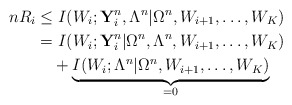
\begin{align*} nR_i &\leq I(W_i;\textbf{Y}_i^n,\Lambda^n|\Omega^n,W_{i+1},\ldots,W_K)\\&=I(W_i;\textbf{Y}_i^n|\Omega^n,\Lambda^n,W_{i+1},\ldots,W_K)\\&\ \ \ +\underbrace{I(W_i;\Lambda^n|\Omega^n,W_{i+1},\ldots,W_K)}_{=0}\end{align*}